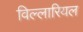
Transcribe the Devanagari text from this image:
विल्लारियल